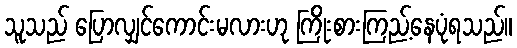
သူသည် ပြောလျှင်ကောင်းမလားဟု ကြိုးစားကြည့်နေပုံရသည်။